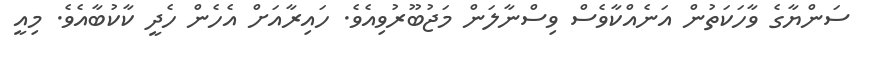
ސަންޔާގެ ވާހަކަތުން އަނެއްކާވެސް ވިސްނާލަން މަޖުބޫރުވިއެވެ. ހައިރާއަށް އެހެން ހެދީ ކާކުބާއެވެ. މިއީ